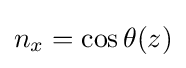
n_{x}=\cos {\theta (z)}